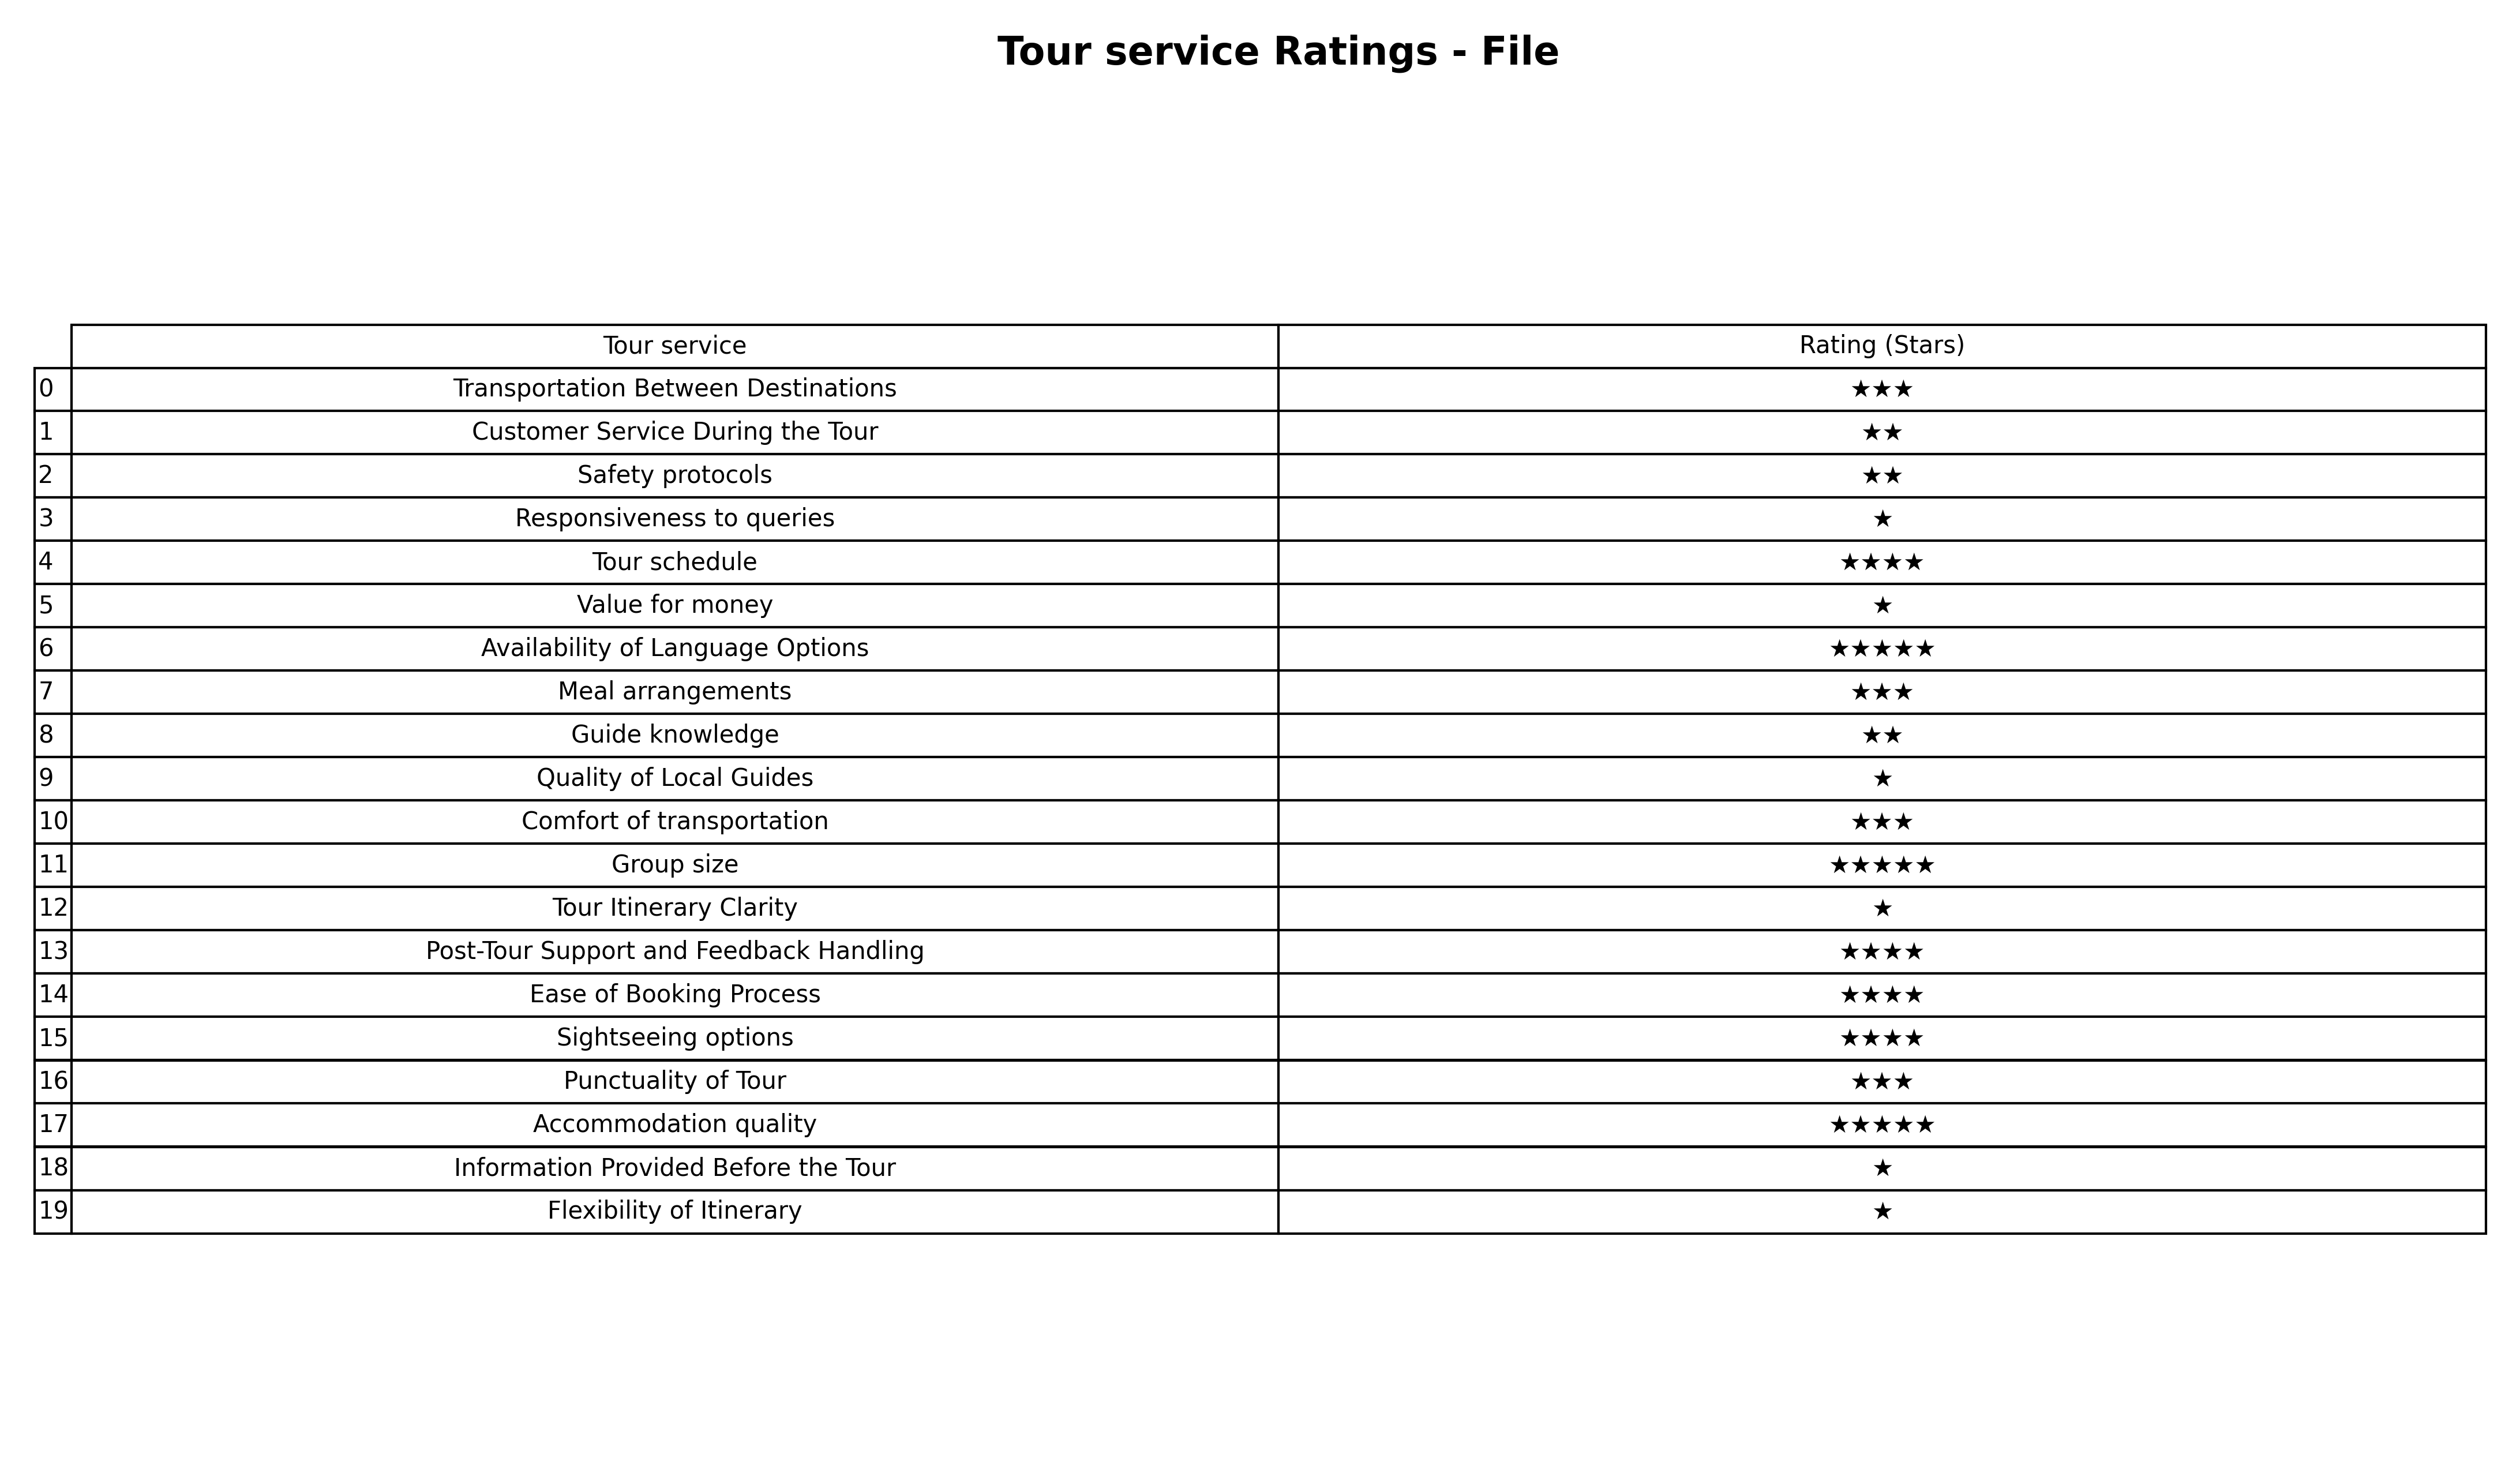
question: What are highest rating services?
answer: Responsiveness to queriesValue for moneyQuality of Local GuidesTour Itinerary ClarityInformation Provided Before the TourFlexibility of Itinerary